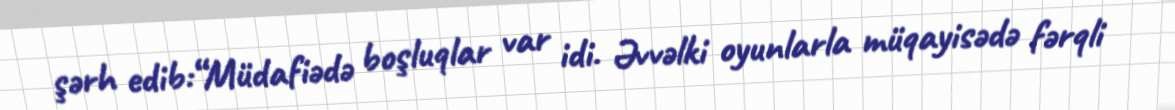
şərh edib:“Müdafiədə boşluqlar var idi. Əvvəlki oyunlarla müqayisədə fərqli